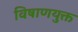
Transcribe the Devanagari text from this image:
विषाणयुक्त